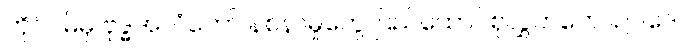
တိုင်ဝမ်မှ ဗုဒ္ဓအလံတော် နစ်နာမှုတွေ ပြည်ထောင်စုလွှတ်တော်ဥပဒေ